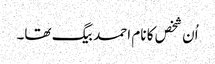
اُن شخص کا نام احمد بیگ تھا۔